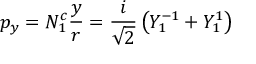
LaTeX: p _ { y } = N _ { 1 } ^ { c } { \frac { y } { r } } = { \frac { i } { \sqrt { 2 } } } \left( Y _ { 1 } ^ { - 1 } + Y _ { 1 } ^ { 1 } \right)